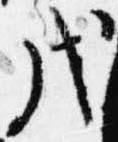
戌